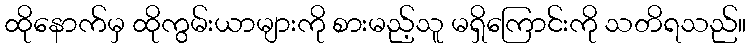
ထိုနောက်မှ ထိုကွမ်းယာများကို စားမည့်သူ မရှိကြောင်းကို သတိရသည်။